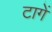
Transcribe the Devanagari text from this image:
टागें